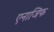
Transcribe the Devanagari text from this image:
एनाजिफ